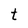
Character: t